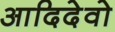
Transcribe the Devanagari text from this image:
आदिदेवो